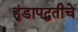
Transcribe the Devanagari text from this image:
हुंडापद्धतीचे